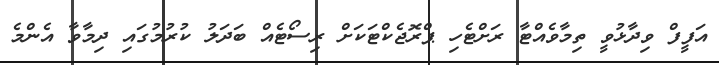
އަފީފް ވިދާޅުވީ ތިމާވެއްޓާ ރަށްޓެހި ޕްރޮޖެކްޓަކަށް ރިސޯޓެއް ބަދަލު ކުރުމުގައި ދިމާވާ އެންމެ